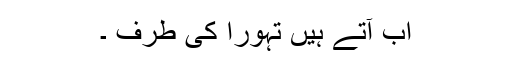
اب آتے ہیں تہورا کی طرف ۔